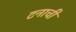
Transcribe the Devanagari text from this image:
टनाची